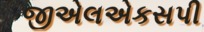
જીએલએકસપી